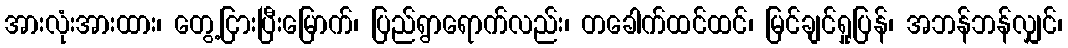
အားလုံးအားထား၊ တွေ့ငြားပြီးမြောက်၊ ပြည်ရွာရောက်လည်း၊ တခေါက်ထင်ထင်၊ မြင်ချင်ရှုပြန်၊ အဘန်ဘန်လျှင်၊